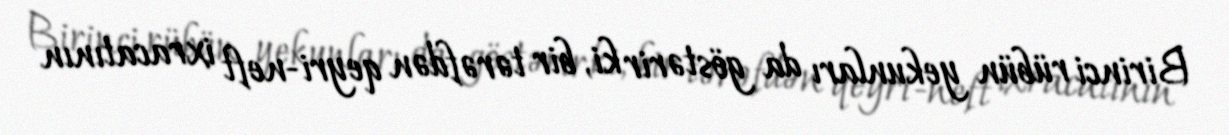
Birinci rübün yekunları da göstərir ki, bir tərəfdən qeyri-neft ixracatının